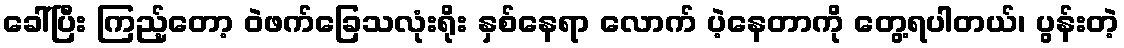
ခေါ်ပြီး ကြည့်တော့ ဝဲဖက်ခြေသလုံးရိုး နှစ်နေရာ လောက် ပဲ့နေတာကို တွေ့ရပါတယ်၊ ပွန်းတဲ့